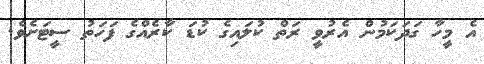
އެ މީހާ ގަދަކަމުން އެރުވީ ރަތް ކުލައިގެ ކުޑަ ކާރެއްގެ ފަހަތު ސީޓަށެވެ.